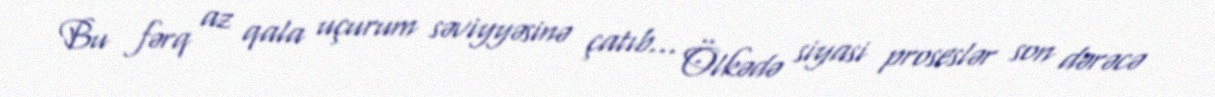
Bu fərq az qala uçurum səviyyəsinə çatıb... Ölkədə siyasi proseslər son dərəcə